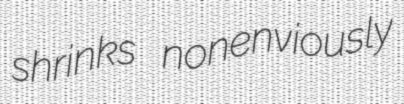
shrinks nonenviously